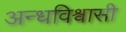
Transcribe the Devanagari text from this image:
अन्धविश्वासी